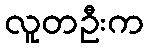
လူတဦးက